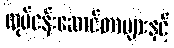
လုပ်ငန်းဆောင်တာများနှင့်